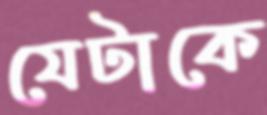
যেটাকে